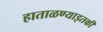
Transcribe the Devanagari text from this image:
हाताळण्याइतकी